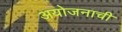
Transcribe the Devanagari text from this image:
अयोजनाची